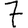
Digit: 7